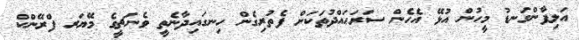
އަލިފާންގަނޑު މީހުން އުޅޭ އެހެން ސަރަހައްދުތަކަށް ފެތުރިގެން ހިނގައިދާނެތީ ވެނަޗީގެ މޭޔަރ ފްރޭންކް